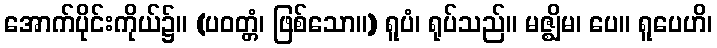
အောက်ပိုင်းကိုယ်၌။ (ပဝတ္တံ၊ ဖြစ်သော။) ရူပံ၊ ရုပ်သည်။ မဇ္ဈိမ၊ ပေ။ ရူပေဟိ၊